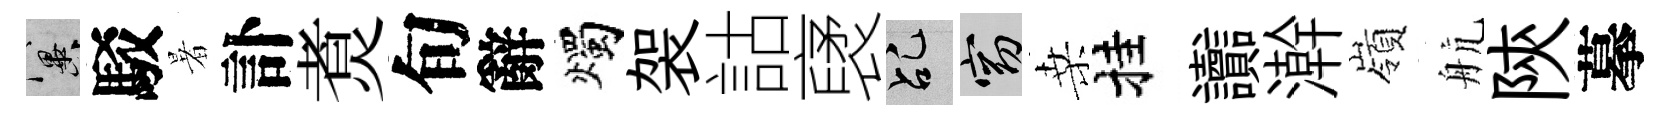
冀駁暑訃煑旬辭燭袈詁裦乩窈桑挂讟澣嶺航陝摹